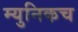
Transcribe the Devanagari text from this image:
म्युनिकच